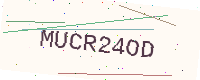
Text: MUCR24OD